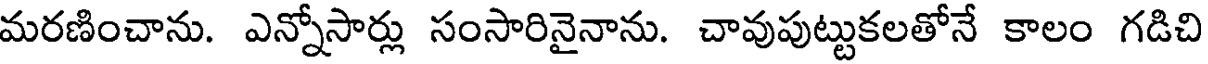
మరణించాను. ఎన్నోసార్లు సంసారినైనాను. చావుపుట్టుకలతోనే కాలం గడిచి